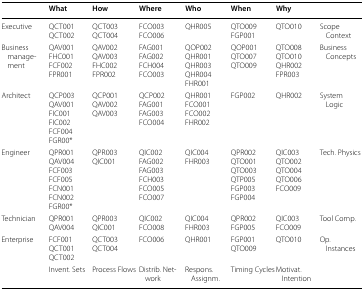
<table><thead><tr><td></td><td><b>What</b></td><td><b>How</b></td><td><b>Where</b></td><td><b>Who</b></td><td><b>When</b></td><td><b>Why</b></td><td></td></tr></thead><tbody><tr><td>Executive</td><td>QCT001QCT002</td><td>QCT003QCT004</td><td>FCO003FCO006</td><td>QHR005</td><td>QTO009FGP001</td><td>QTO010</td><td>Scope Context</td></tr><tr><td>Business management</td><td>QAV001FHC001FCF002FPR001</td><td>QAV002QAV003FHC002FPR002</td><td>FAG001FAG002FCH004FCO003</td><td>QOP002QHR001QHR003QHR004FHR001</td><td>QOP001QTO007QTO009</td><td>QTO008QTO010QHR002FPR003</td><td>Business Concepts</td></tr><tr><td>Architect</td><td>QCP003QAV001FIC001FIC002FCF004FGR00*</td><td>QCP001QAV002QAV003</td><td>QCP002FAG001FAG003FCO004</td><td>QHR001FCO001FCO002FHR002</td><td>FGP002</td><td>QHR002</td><td>System Logic</td></tr><tr><td>Engineer</td><td>QPR001QAV004FCF003FCF005FCN001FCN002FGR00*</td><td>QPR003QIC001</td><td>QIC002FAG002FAG003FCH003FCO005FCO007</td><td>QIC004FHR003</td><td>QPR002QTO001QTO003QTP005FGP003FGP004</td><td>QIC003QTO002QTO004QTO006FCO009</td><td>Tech. Physics</td></tr><tr><td>Technician</td><td>QPR001QAV004</td><td>QPR003QIC001</td><td>QIC002FCO008</td><td>QIC004FHR003</td><td>QPR002FGP005</td><td>QIC003FCO009</td><td>Tool Comp.</td></tr><tr><td>Enterprise</td><td>FCF001QCT001QCT002</td><td>QCT003QCT004</td><td>FCO006</td><td>QHR001</td><td>FGP001QTO009</td><td>QTO010</td><td>Op. Instances</td></tr><tr><td></td><td>Invent. Sets</td><td>Process Flows</td><td>Distrib. Network</td><td>Respons. Assignm.</td><td>Timing Cycles</td><td>Motivat. Intention</td><td></td></tr></tbody></table>